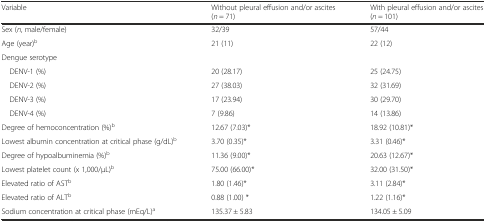
<table><thead><tr><td><b>Variable</b></td><td><b>Without pleural effusion and/or ascites(<i>n</i> = 71)</b></td><td><b>With pleural effusion and/or ascites(<i>n</i> = 101)</b></td></tr></thead><tbody><tr><td>Sex (<i>n</i>, male/female)</td><td>32/39</td><td>57/44</td></tr><tr><td>Age (year)<sup>b</sup></td><td>21 (11)</td><td>22 (12)</td></tr><tr><td colspan="3">Dengue serotype</td></tr><tr><td> DENV-1 (%)</td><td>20 (28.17)</td><td>25 (24.75)</td></tr><tr><td> DENV-2 (%)</td><td>27 (38.03)</td><td>32 (31.69)</td></tr><tr><td> DENV-3 (%)</td><td>17 (23.94)</td><td>30 (29.70)</td></tr><tr><td> DENV-4 (%)</td><td>7 (9.86)</td><td>14 (13.86)</td></tr><tr><td>Degree of hemoconcentration (%)<sup>b</sup></td><td>12.67 (7.03)*</td><td>18.92 (10.81)*</td></tr><tr><td>Lowest albumin concentration at critical phase (g/dL)<sup>b</sup></td><td>3.70 (0.35)*</td><td>3.31 (0.46)*</td></tr><tr><td>Degree of hypoalbuminemia (%)<sup>b</sup></td><td>11.36 (9.00)*</td><td>20.63 (12.67)*</td></tr><tr><td>Lowest platelet count (x 1,000/μL)<sup>b</sup></td><td>75.00 (66.00)*</td><td>32.00 (31.50)*</td></tr><tr><td>Elevated ratio of AST<sup>b</sup></td><td>1.80 (1.46)*</td><td>3.11 (2.84)*</td></tr><tr><td>Elevated ratio of ALT<sup>b</sup></td><td>0.88 (1.00) *</td><td>1.22 (1.16)*</td></tr><tr><td>Sodium concentration at critical phase (mEq/L)<sup>a</sup></td><td>135.37 ± 5.83</td><td>134.05 ± 5.09</td></tr></tbody></table>